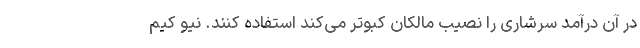
در آن درآمد سرشاری را نصیب مالکان کبوتر می‌کند استفاده کنند. نیو کیم